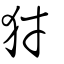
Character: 犲